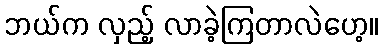
ဘယ်က လှည့် လာခဲ့ကြတာလဲဟေ့။